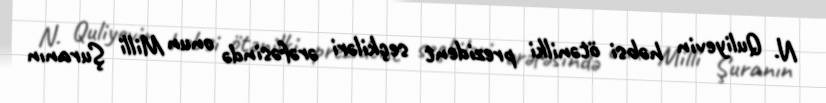
N. Quliyevin həbsi ötənilki prezident seçkiləri ərəfəsində onun Milli Şuranın